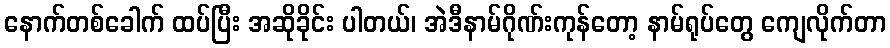
နောက်တစ်ခေါက် ထပ်ပြီး အဆိုခိုင်း ပါတယ်၊ အဲဒီနာမ်ဂိုဏ်းကုန်တော့ နာမ်ရုပ်တွေ ကျေလိုက်တာ